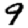
Digit: 9